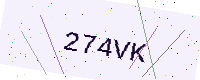
Text: 274VK